Document type: Grant
Year: 1403
Scribe: Berenguer Pedrosell
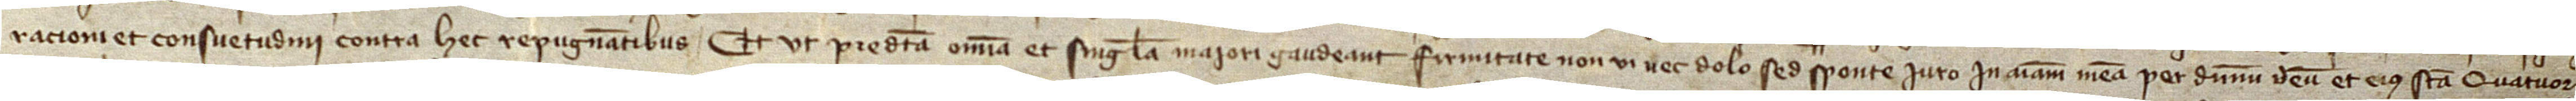
racioni et consuetudini contra hec repugnantibus. Et ut predicta omnia et singula maiori gaudeant firmitate, non vi nec dolo, sed sponte, iuro in animam meam per Dominum Deum et eius sancta quatuor